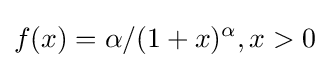
f(x)=\alpha /(1+x)^{\alpha },x>0